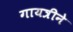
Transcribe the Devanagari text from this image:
गायत्रीने